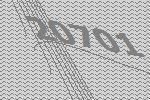
20701